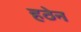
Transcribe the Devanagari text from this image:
हठेन